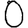
Digit: 0